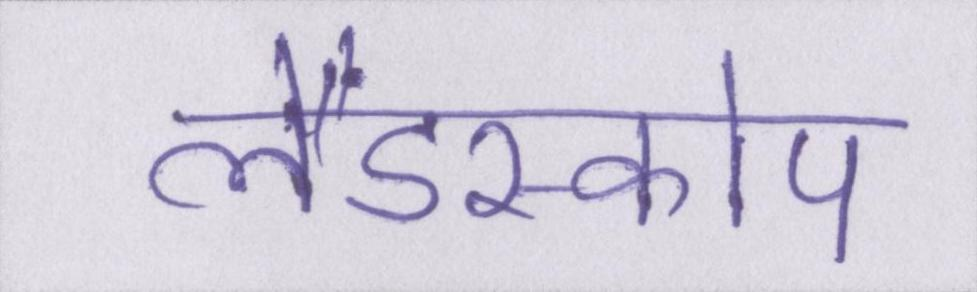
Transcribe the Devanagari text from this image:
लैंडस्कोप